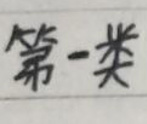
第一类